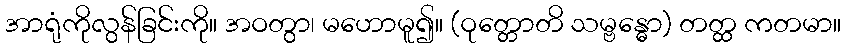
အာရုံကိုလွန်ခြင်းကို။ အဝတွာ၊ မဟောမူ၍။ (ဝုတ္တောတိ သမ္ဗန္ဓော) တတ္ထ ကတမာ။